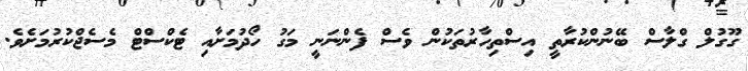
ގޫގުލް ގްލާސް ބޭނުންކުރާތީ އިސްތިހާރުތަކުން ވެސް ފެންނަނީ މަގު ހޯދުމަށާއި ޓެކްސްޓް މެސެޖްކުރުމަށެވެ.